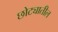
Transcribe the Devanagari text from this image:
छोट्यातील